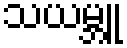
သယမ္ဘူ